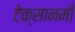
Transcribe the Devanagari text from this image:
टेक्सानमी